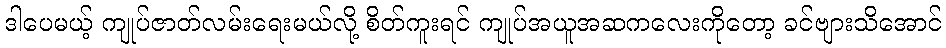
ဒါပေမယ့် ကျုပ်ဇာတ်လမ်းရေးမယ်လို့ စိတ်ကူးရင် ကျုပ်အယူအဆကလေးကိုတော့ ခင်ဗျားသိအောင်